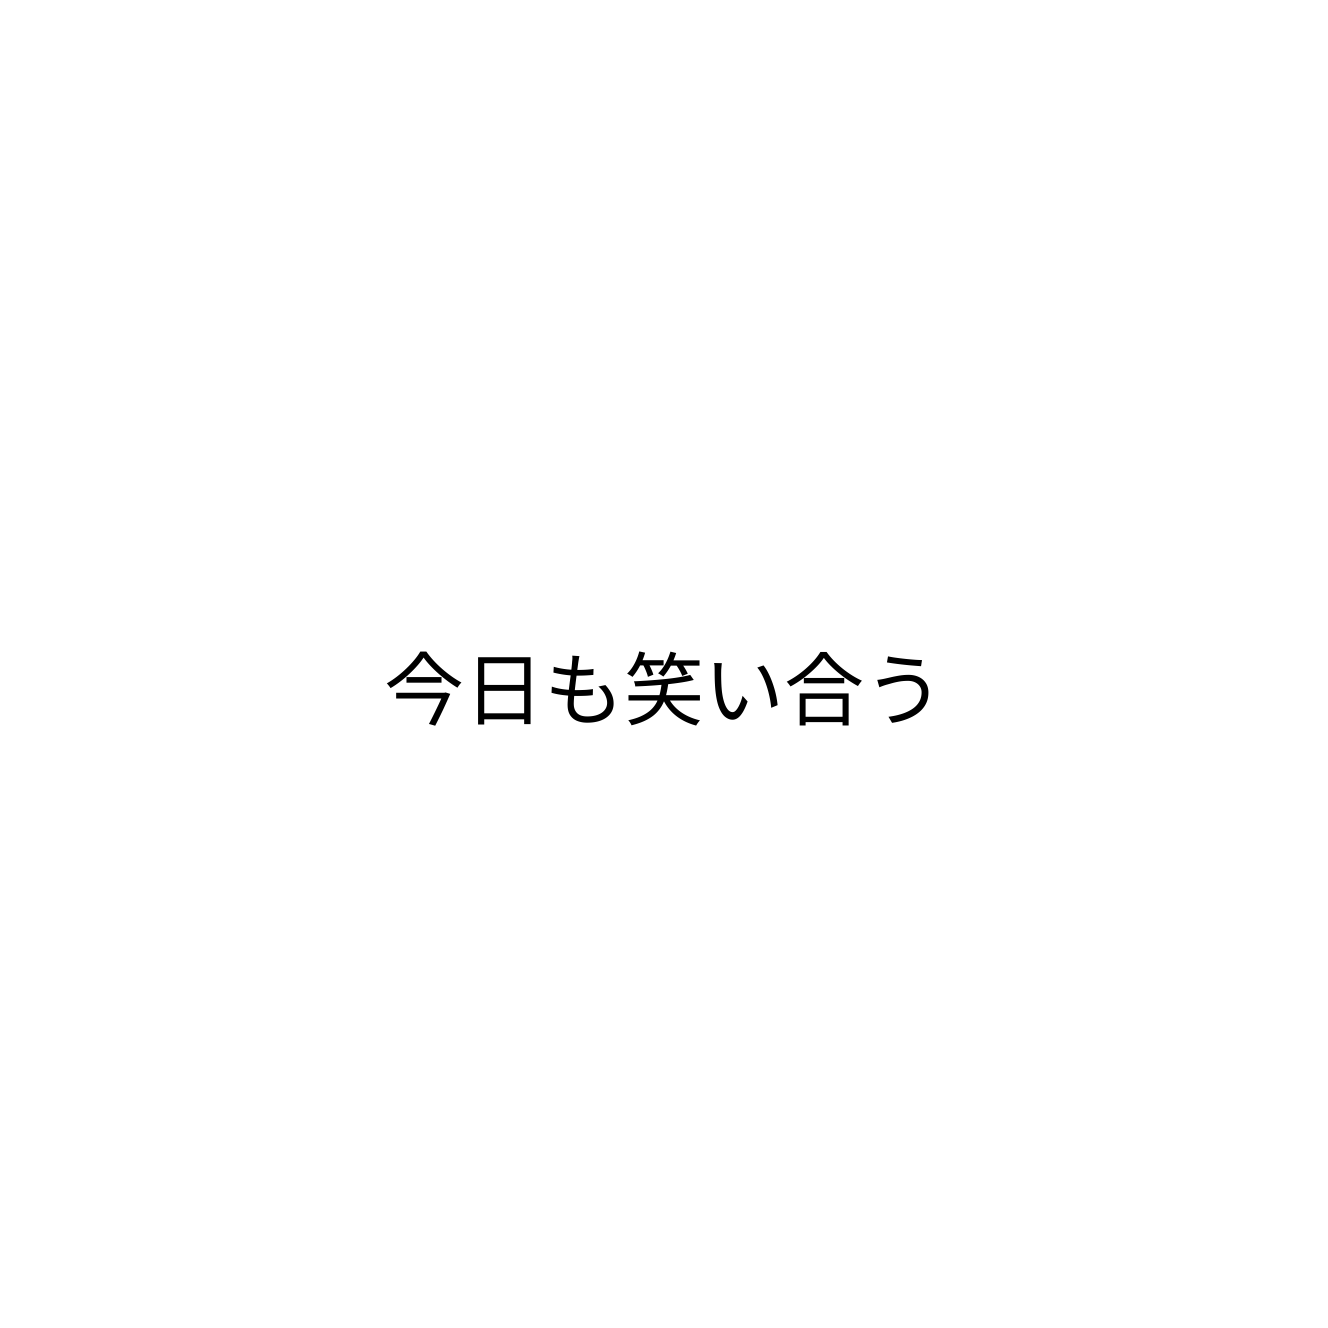
今日も笑い合う